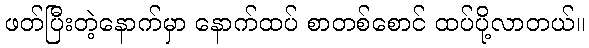
ဖတ်ပြီးတဲ့နောက်မှာ နောက်ထပ် စာတစ်စောင် ထပ်ပို့လာတယ်။